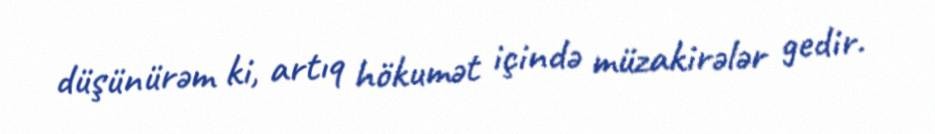
düşünürəm ki, artıq hökumət içində müzakirələr gedir.